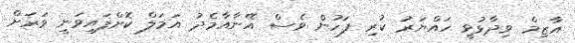
އާޒިމް ވިދާޅުވީ ހައްޔަރު ކުރި ފަހުން ވެސް އޭނާއާމެދު އަމަލް ކޮށްފައިވަނީ ވަރަށް